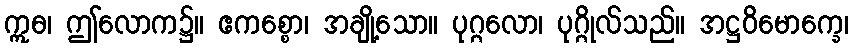
ဣဓ၊ ဤလောက၌။ ဧကစ္စော၊ အချို့သော။ ပုဂ္ဂလော၊ ပုဂ္ဂိုလ်သည်။ အဋ္ဌဝိမောက္ခေ၊